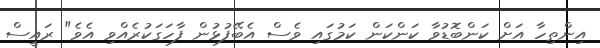
އިންތިހާ އަށް ކަންބޮޑުވާ ކަންކަން ކަމުގައި ވެސް އެބޭފުޅުން ފާހަގަކުރެއްވި އެވެ" ރައީސް